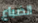
الضباع